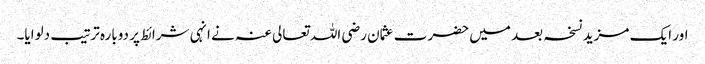
اور ایک مزید نسخہ بعد میں‌ حضرت عثمان رضی اللہ تعالی عنہ نے انہی شرائط پر دوبارہ ترتیب دلوایا۔